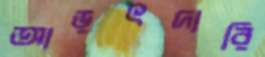
আড়ৎদারি